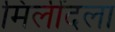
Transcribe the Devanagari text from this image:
मिलींदला